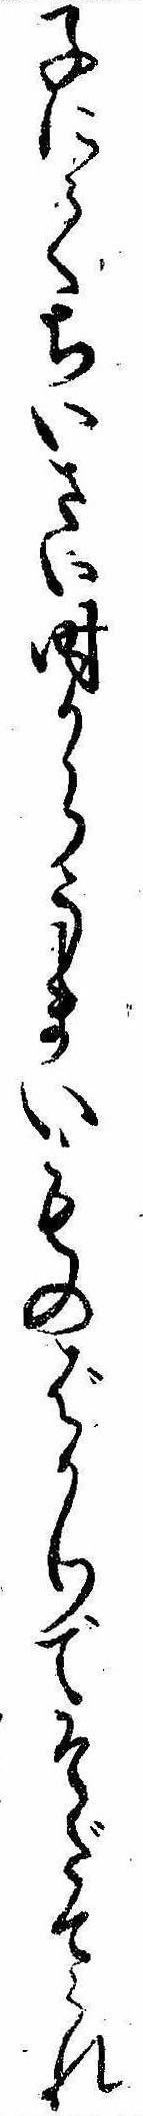
子にてちいさい時からうまいものばかりでそだてられ